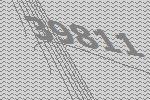
39811